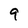
Character: 9